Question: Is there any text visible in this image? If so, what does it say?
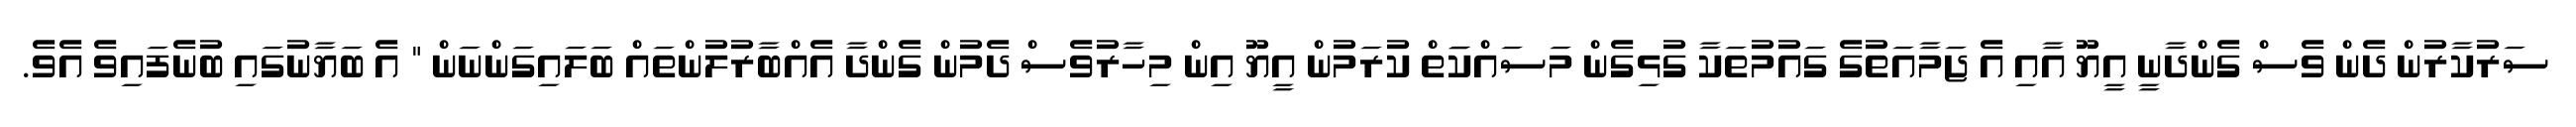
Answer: ސަރުކާރުން ދެން ވެސް ގެންދާނީ އީޔޫ އާއި އެ ޖަމާއަތުގެ ގައުމުތަކާ ގުޅިގެން މަސައްކަަތް ކުރަމުން އީޔޫ އިން މިހާރުވެސް ދެމުން ގެންދާ އެއްބާރުލުންތައް ބަލައިގަންނަން " އެ ބަޔާނުގައި ބުނެފައިވެ އެވެ.